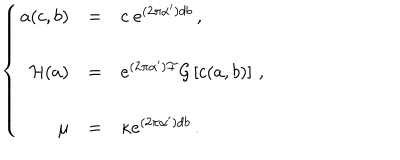
LaTeX: \left\{ \begin{array} { r c l } { { a ( c , b ) } } & { { = } } & { { c \ e ^ { ( 2 \pi \alpha ^ { \prime } ) d b } \, , } } \\ { { } } & { { } } & { { } } \\ { { { \cal H } ( a ) } } & { { = } } & { { e ^ { ( 2 \pi \alpha ^ { \prime } ) { \cal F } } { \cal G } \left[ c ( a , b ) \right] \, , } } \\ { { } } & { { } } & { { } } \\ { { \mu } } & { { = } } & { { \kappa e ^ { ( 2 \pi \alpha ^ { \prime } ) d b } \, . } } \\ \end{array} \right.